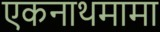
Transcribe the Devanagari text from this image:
एकनाथमामा